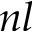
n l